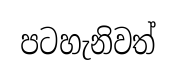
පටහැනිවත්